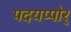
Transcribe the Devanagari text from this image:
पदयप्पोर्